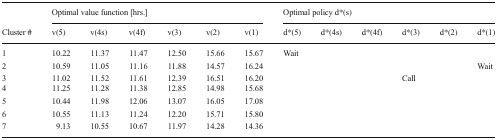
|  | <COLSPAN=6> Optimal value function [hrs.] | <COLSPAN=6> Optimal policy d*(s) |
 | Cluster # | v(5) | v(4s) | v(4f) | v(3) | v(2) | v(1) | d*(5) | d*(4s) | d*(4f) | d*(3) | d*(2) | d*(1) |
 | --- | --- | --- | --- | --- | --- | --- | --- | --- | --- | --- | --- | --- |
 | 1 | 10.22 | 11.37 | 11.47 | 12.50 | 15.66 | 15.67 | <ROWSPAN=7-COLSPAN=3> Wait | <ROWSPAN=2-COLSPAN=2>  |  |
 | 2 | 10.59 | 11.05 | 11.16 | 11.88 | 14.57 | 16.24 | Wait |
 | 3 | 11.02 | 11.52 | 11.61 | 12.39 | 16.51 | 16.20 | <ROWSPAN=5-COLSPAN=3> Call |
 | 4 | 11.25 | 11.28 | 11.38 | 12.85 | 14.98 | 15.68 |
 | 5 | 10.44 | 11.98 | 12.06 | 13.07 | 16.05 | 17.08 |
 | 6 | 10.55 | 11.13 | 11.24 | 12.20 | 15.71 | 15.80 |
 | 7 | 9.13 | 10.55 | 10.67 | 11.97 | 14.28 | 14.36 |